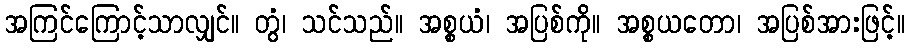
အကြင်ကြောင့်သာလျှင်။ တွံ၊ သင်သည်။ အစ္စယံ၊ အပြစ်ကို။ အစ္စယတော၊ အပြစ်အားဖြင့်။